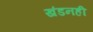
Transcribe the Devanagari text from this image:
खंडनही